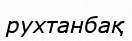
рухтанбақ